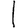
Digit: 1